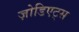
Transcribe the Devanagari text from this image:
ज़ोडिएट्स